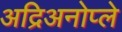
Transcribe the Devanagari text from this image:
अद्रिअनोप्ले